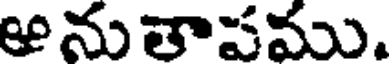
ఆనుతాపము.